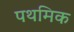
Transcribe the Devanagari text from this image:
पथमिक